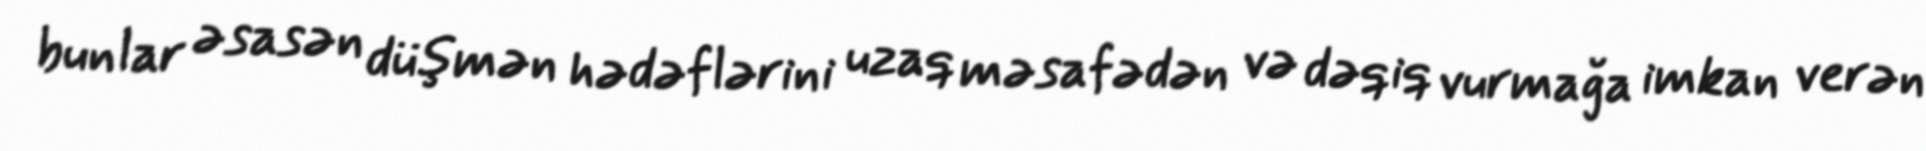
bunlar əsasən düşmən hədəflərini uzaq məsafədən və dəqiq vurmağa imkan verən